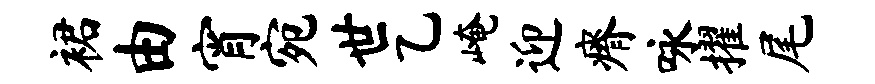
裙由宵宛世乙崦迎瘠咏擢尾